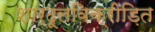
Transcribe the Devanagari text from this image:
शार्दूलविक्रीड़ित